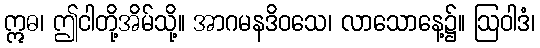
ဣဓ၊ ဤငါတို့အိမ်သို့။ အာဂမနဒိဝသေ၊ လာသောနေ့၌။ ဩဝါဒံ၊